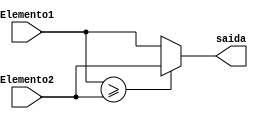
module Elemento_menor_trapezio(Elemento1, Elemento2, saida);
input [31:0] Elemento1, Elemento2;
output reg [31:0] saida;
 
always @ (Elemento1, Elemento2)
if (Elemento1>=Elemento2)
saida <=Elemento2;
else saida <=Elemento1;
endmodule